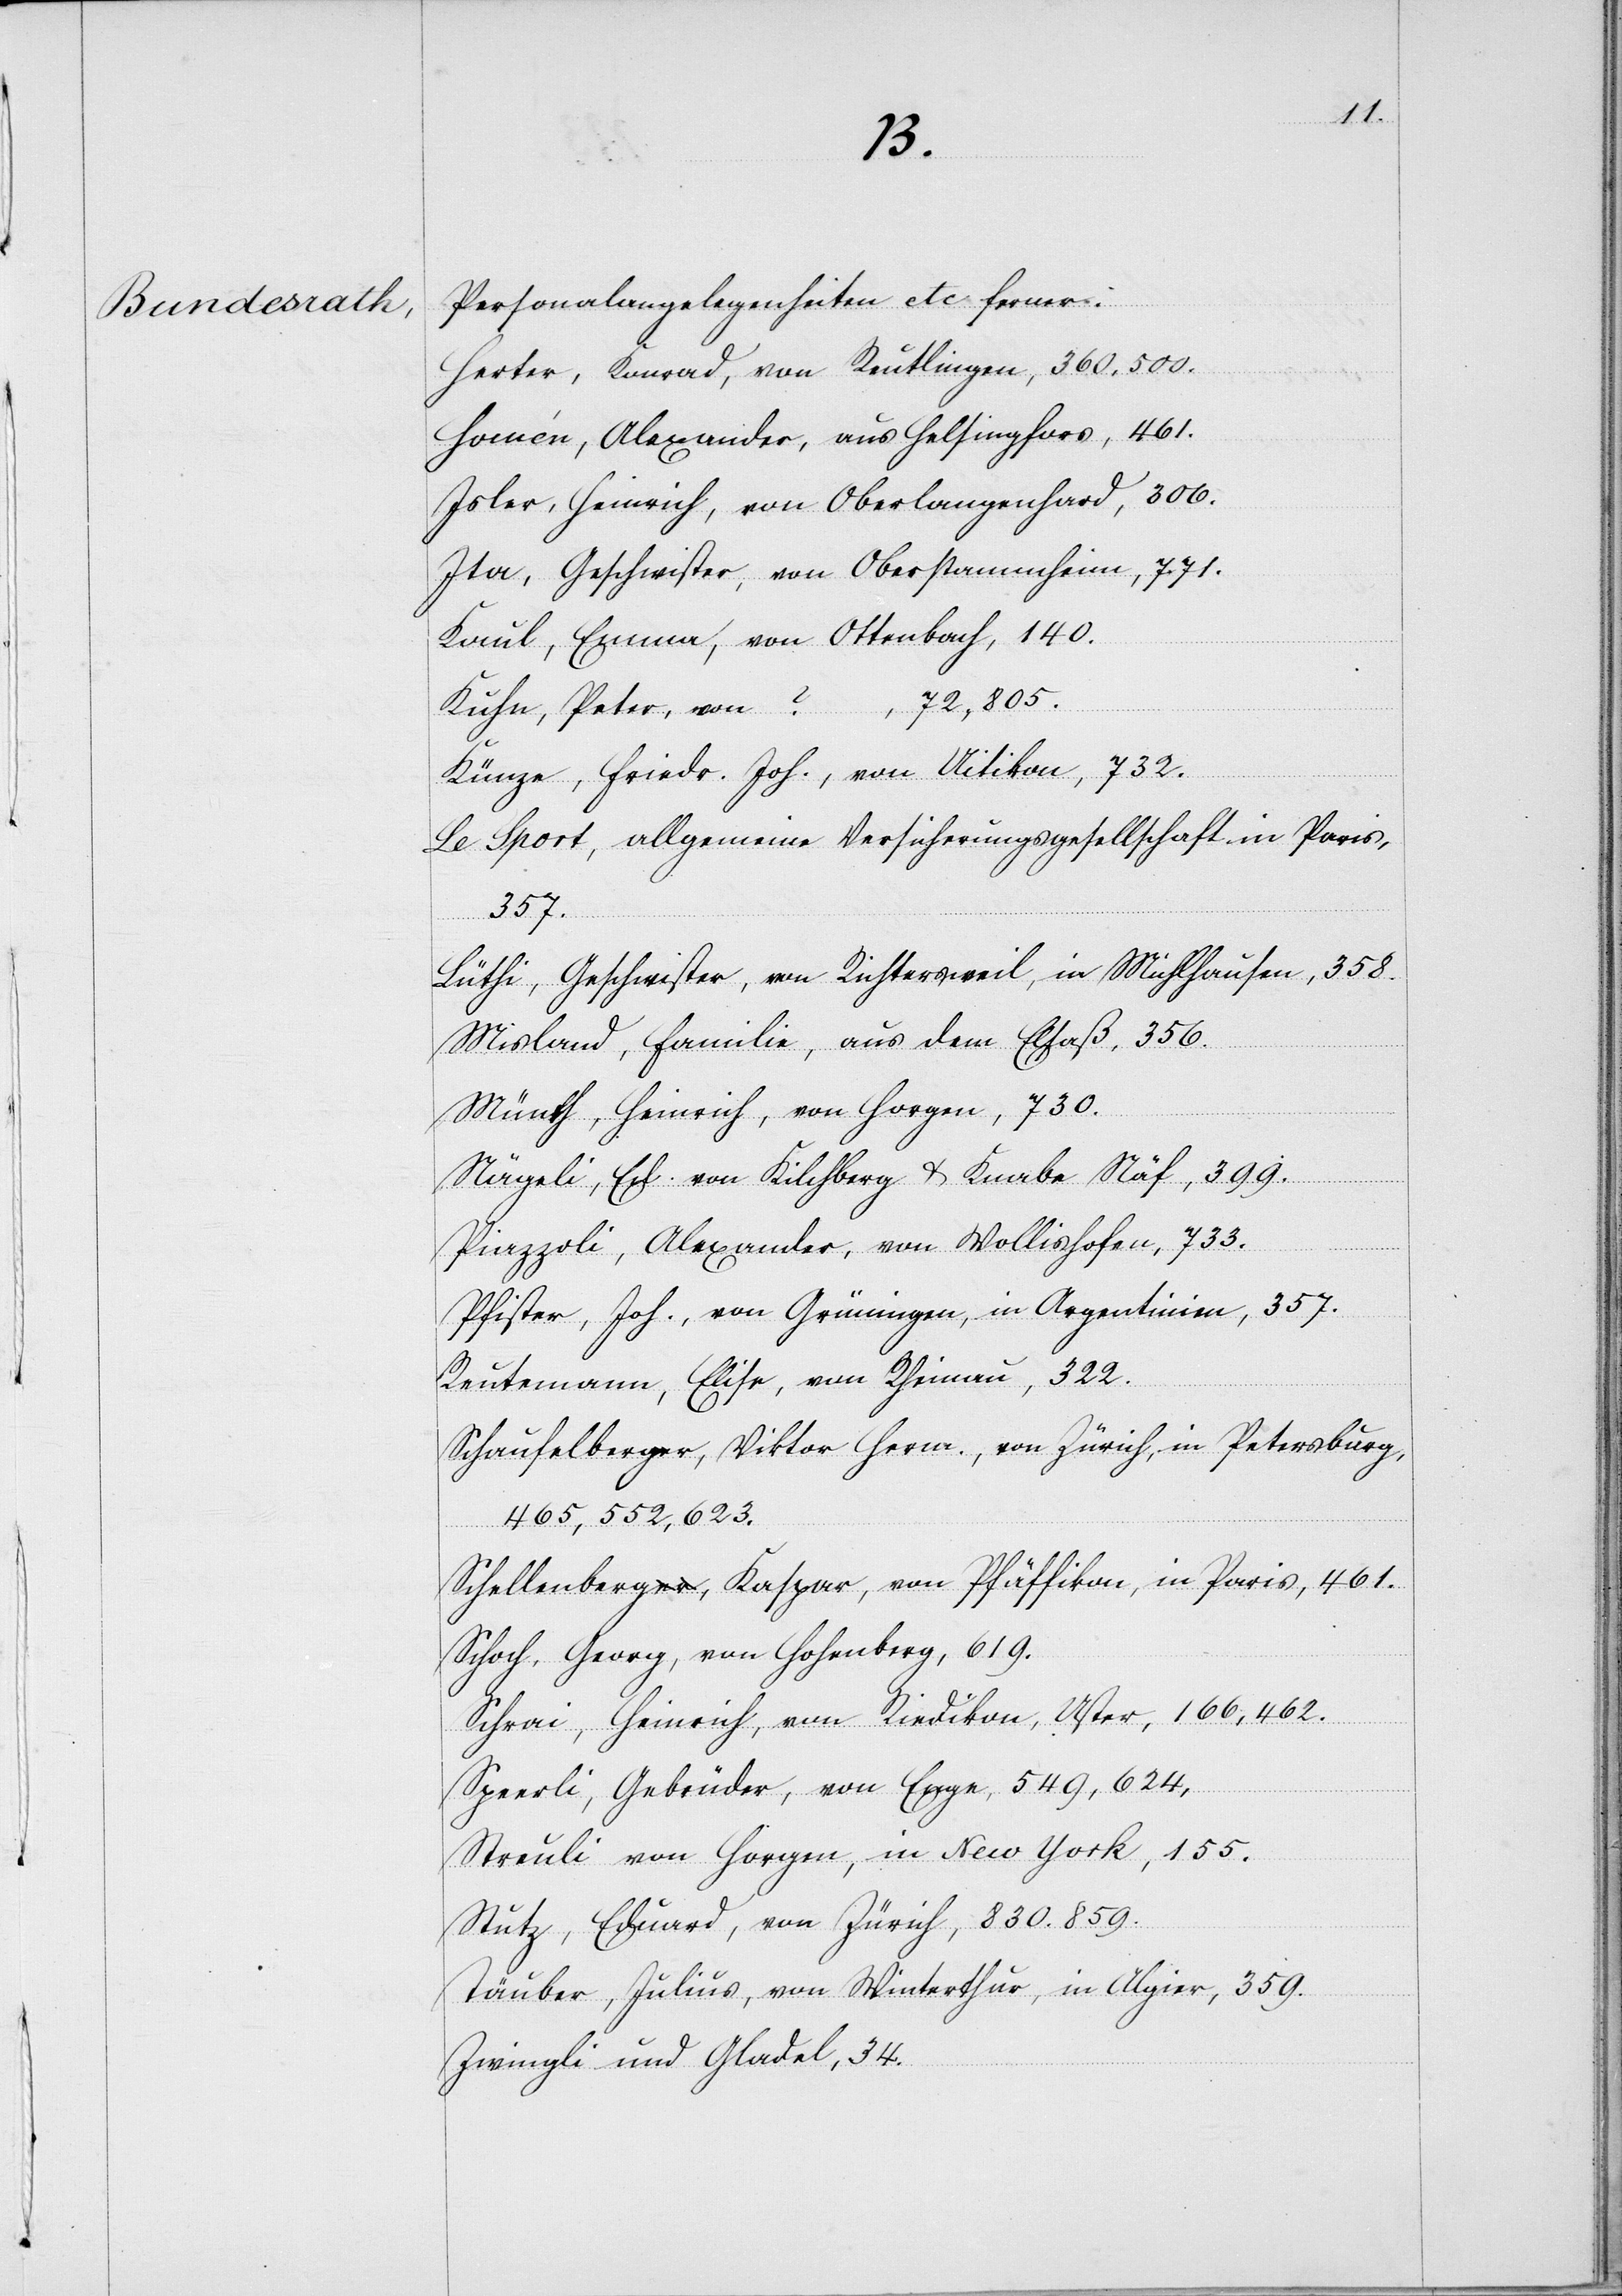
4.
bei